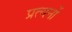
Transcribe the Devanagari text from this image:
प्रत्यनों